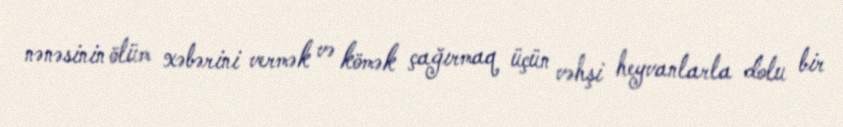
nənəsinin ölüm xəbərini vermək və kömək çağırmaq üçün vəhşi heyvanlarla dolu bir